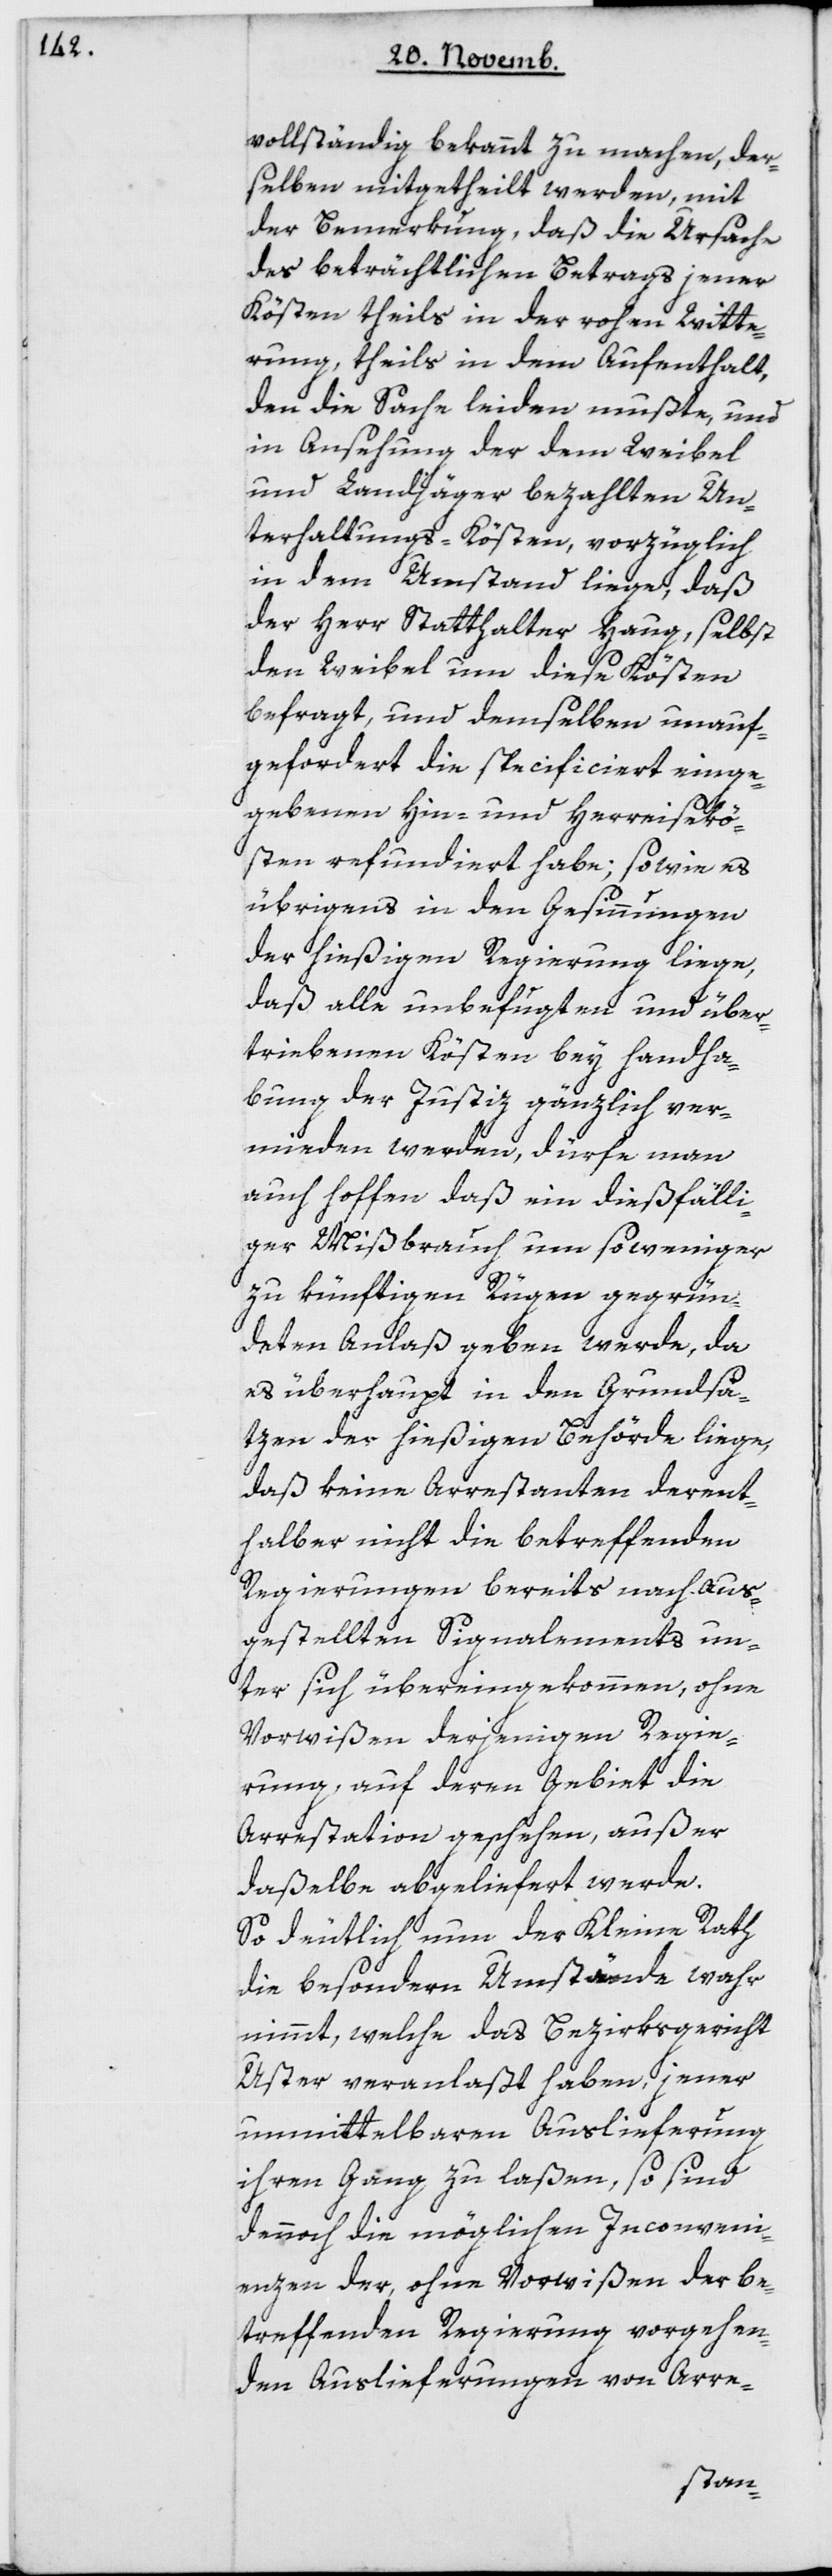
vollständig bekannt zu machen, der¬
selben mitgetheilt werden, mit
der Bemerkung, daß die Ursache
des beträchtlichen Betrags jener
Kösten theils in der rohen Witte¬
rung, theils in dem Aufenthalt,
den die Sache leiden mußte, und
in Ansehung der dem Weibel
und Landjäger bezahlten Un¬
terhaltungs-Kösten, vorzüglich
in dem Umstand liege, daß
der Herr Statthalter Haug, selbst
den Weibel um diese Kösten
befragt, und demselben unauf¬
gefordert die specificiert einge¬
gebenen Hin- und Herreisekö¬
sten refundiert habe; so wie es
übrigens in den Gesinnungen
der hießigen Regierung liege,
daß alle unbefugten und über¬
triebenen Kösten bey Handha¬
bung der Justiz gänzlich ver¬
mieden werden, dürfe man
auch hoffen, daß ein dießfälli¬
ger Mißbrauch um so weniger
zu künftigen Rügen gegrün¬
deten Anlaß geben werde, da
es überhaupt in den Grundsä¬
tzen der hießigen Behörde liege,
daß keine Arrestanten derent¬
halber nicht die betreffenden
Regierungen bereits nach aus¬
gestellten Signalements un¬
ter sich übereingekommen, ohne
Vorwißen derjenigen Regie¬
rung, auf deren Gebiet die
Arrestation geschehen, außer
daßelbe abgelieferet werde.
So deutlich nun der Kleine Rath
die besondern Umstände wahr¬
nimmt, welche das Bezirksgericht
Uster veranlaßt haben, jener
unmittelbaren Auslieferung
ihren Gang zu laßen, so sind
dennoch die möglichen Inconveni¬
enzen der, ohne Vorwißen der be¬
treffenden Regierung vorgehen¬
den Auslieferungen von Arre-